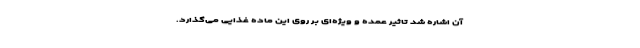
آن اشاره شد تاثیر عمده و ویژه‌ای بر روی این ماده غذایی می‌گذارد.